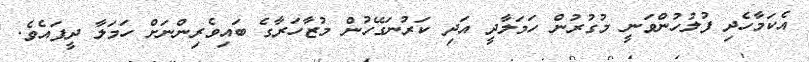
އެކަމާހެދި ފުލުހުންވަނީ މުގުރުން ހަމަލާދީ އަދި ކަރުނަގޭހުން މުޒާހަރާގެ ބައިވެރިންނަށް ހަމަލާ ދީފައެވެ.